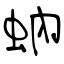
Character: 蚋